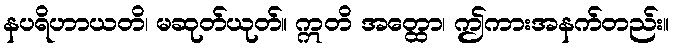
နပရိဟာယတိ၊ မဆုတ်ယုတ်။ ဣတိ အတ္ထော၊ ဤကားအနက်တည်း။